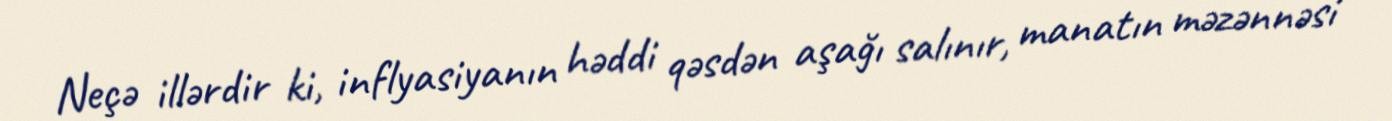
Neçə illərdir ki, inflyasiyanın həddi qəsdən aşağı salınır, manatın məzənnəsi